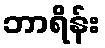
ဘာရိန်း